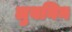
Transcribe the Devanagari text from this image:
लुबनिन